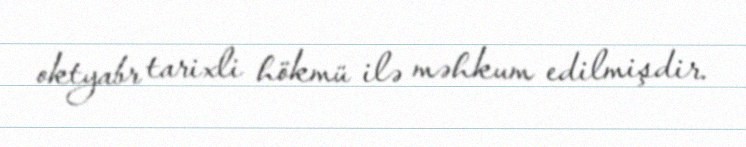
oktyabr tarixli hökmü ilə məhkum edilmişdir.